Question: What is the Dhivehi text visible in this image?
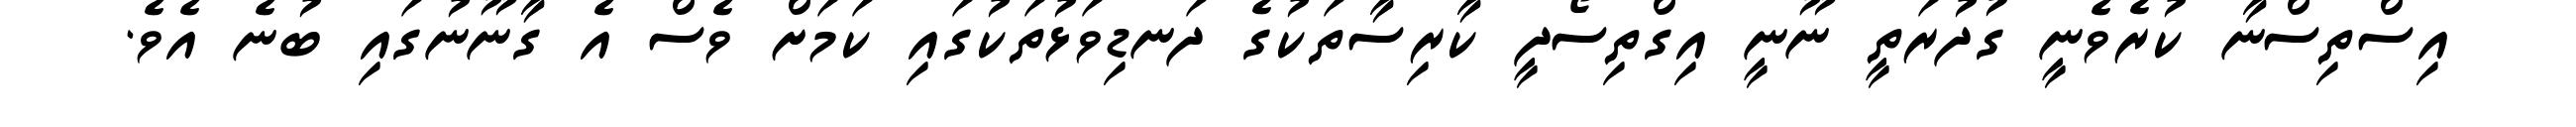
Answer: އިސްތިސްނާ ކުރެވެނީ ގުދުރަތީ ނޫނީ އިގްތިސޯދީ ކާރިސާތަކުގެ ދަނޑިވަޅުތަކުގައި ކަމަށް ވެސް އެ ގާނޫނުގައި ބުނެ އެވެ.